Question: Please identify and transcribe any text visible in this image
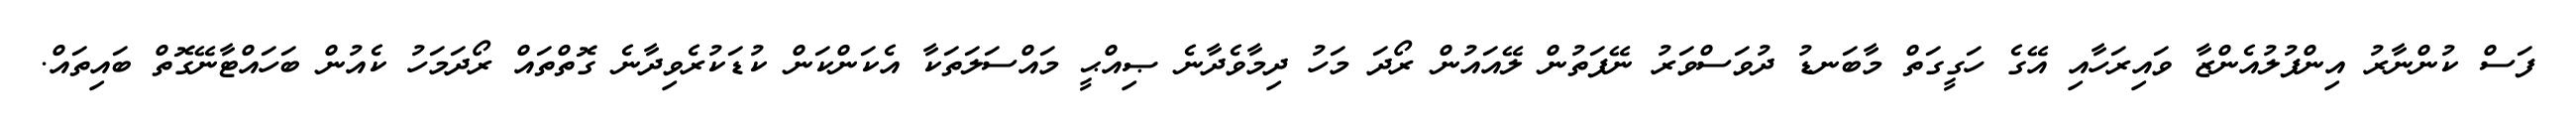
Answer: ފަސް ކުންނާރު އިންފުލުއެންޒާ ވައިރަހާއި އޭގެ ހަގީގަތް މާބަނޑު ދުވަސްވަރު ނޭފަތުން ލޭއައުން ރޯދަ މަހު ދިމާވެދާނެ ޞިއްޙީ މައްސަލަތަކާ އެކަންކަން ކުޑަކުރެވިދާނެ ގޮތްތައް ރޯދަމަހު ކެއުން ބަހައްޓާނޭގޮތް ބައިތައް.